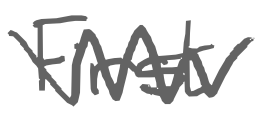
Text: First
Cross-out: zig-zag
Writing tool: digital_gray